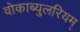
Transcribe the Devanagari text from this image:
वोकाब्युलरियम्